Civil Veterinary Dept. Bombay admin report 1932-41 - 1932-1941
Year: 1932
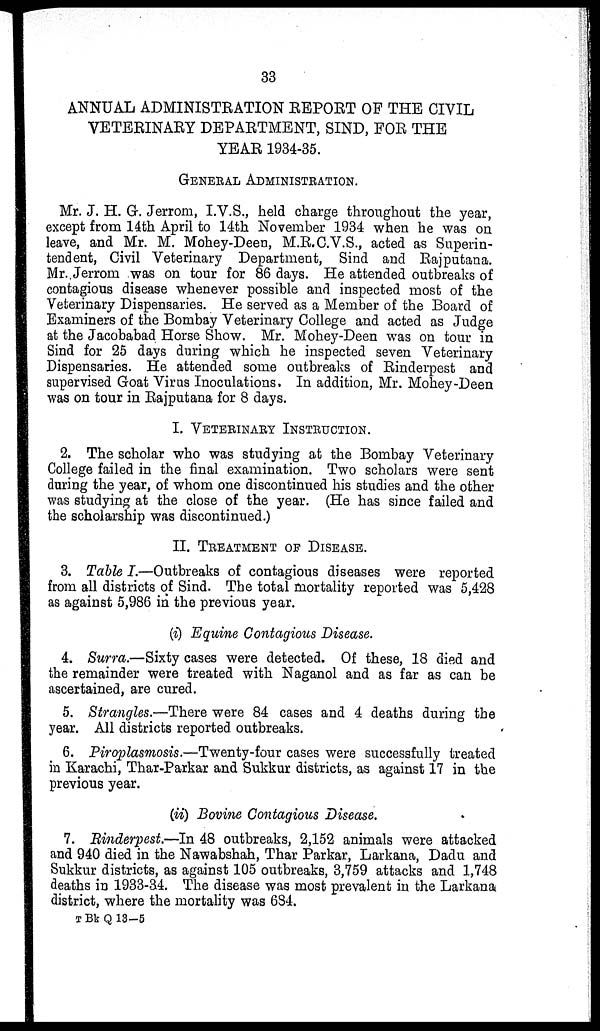
33
ANNUAL ADMINISTRATION REPORT OF THE CIVIL
VETERINARY DEPARTMENT, SIND, FOR THE
YEAR 1934-35.
GENERAL ADMINISTRATION.
Mr. J. H. G. Jerrom, I.V.S., held charge throughout the year,
except from 14th April to 14th November 1934 when he was on
leave, and Mr. M. Mohey-Deen, M.R.C.V.S., acted as Superin-
tendent, Civil Veterinary Department, Sind and Rajputana.
Mr. Jerrom was on tour for 86 days. He attended outbreaks of
contagious disease whenever possible and inspected most of the
Veterinary Dispensaries. He served as a Member of the Board of
Examiners of the Bombay Veterinary College and acted as Judge
at the Jacobabad Horse Show. Mr. Mohey-Deen was on tour in
Sind for 25 days during which he inspected seven Veterinary
Dispensaries. He attended some outbreaks of Rinderpest and
supervised Goat Virus Inoculations. In addition, Mr. Mohey-Deen
was on tour in Rajputana for 8 days.
I. VETERINARY INSTRUCTION.
2. The scholar who was studying at the Bombay Veterinary
College failed in the final examination. Two scholars were sent
during the year, of whom one discontinued his studies and the other
was studying at the close of the year. (He has since failed and
the scholarship was discontinued.)
II. TREATMENT OF DISEASE.
3. Table I.—Outbreaks of contagious diseases were reported
from all districts of Sind. The total mortality reported was 5,428
as against 5,986 in the previous year.
(i) Equine Contagious Disease.
4. Surra.—Sixty cases were detected. Of these, 18 died and
the remainder were treated with Naganol and as far as can be
ascertained, are cured.
5. Strangles.—There were 84 cases and 4 deaths during the
year. All districts reported outbreaks.
6. Piroplasmosis.—Twenty-four cases were successfully treated
in Karachi, Thar-Parkar and Sukkur districts, as against 17 in the
previous year.
(ii) Bovine Contagious Disease.
7. Rinderpest.—In 48 outbreaks, 2,152 animals were attacked
and 940 died in the Nawabshah, Thar Parkar, Larkana, Dadu and
Sukkur districts, as against 105 outbreaks, 3,759 attacks and 1,748
deaths in 1933-34. The disease was most prevalent in the Larkana
district, where the mortality was 684.
T Bk Q 13—5